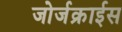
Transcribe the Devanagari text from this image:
जोर्जक्राईस